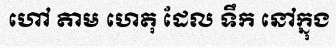
ហៅ តាម ហេតុ ដែល ទឹក នៅក្នុង